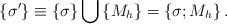
LaTeX: \begin{align*}\left\{ \sigma ^{\prime }\right\} \equiv \left\{ \sigma \right\} \bigcup\left\{ M_h\right\} =\left\{ \sigma ;M_h\right\} .\end{align*}